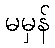
မမှန်